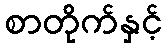
စာတိုက်နှင့်